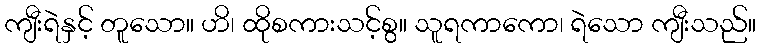
ကျီးရဲနှင့် တူသော။ ဟိ၊ ထိုစကားသင့်စွ။ သူရကာကော၊ ရဲသော ကျီးသည်။